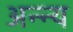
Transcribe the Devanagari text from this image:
अन्न्य